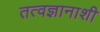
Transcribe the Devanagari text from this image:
तत्वज्ञानाशी